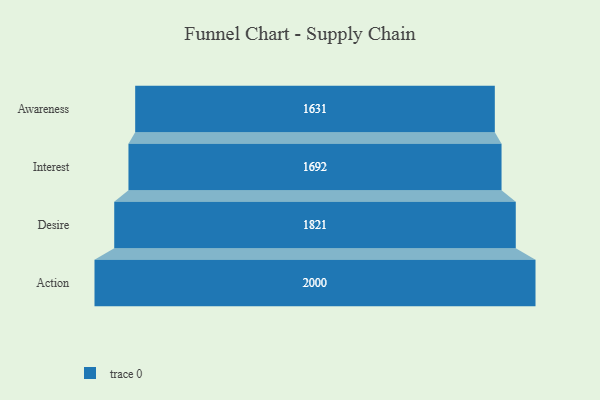
{"axis": {"x": "Stage", "y": "Value"}, "legend": [""], "data": [{"x": "Awareness", "y": 1631.0, "type": ""}, {"x": "Interest", "y": 1692.0, "type": ""}, {"x": "Desire", "y": 1821.0, "type": ""}, {"x": "Action", "y": 2000.0, "type": ""}]}